Insane asylums in Bengal annual reports 1867-1875 - 1867-1875
Year: 1867
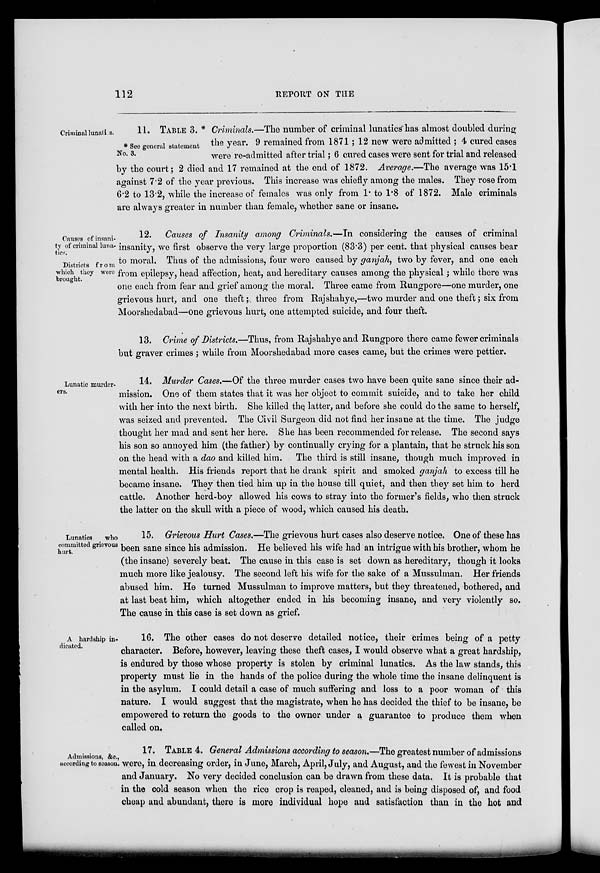
112
REPORT ON THE
Criminal lunatics.
* See general statement
No. 3.
11. TABLE 3. * Criminals.—The number of criminal lunatics has almost doubled during
the year. 9 remained from 1871; 12 new were admitted ; 4 cured cases
were re-admitted after trial; 6 cured cases were sent for trial and released
by the court; 2 died and 17 remained at the end of 1872. Average.—The average was 15.1
against 7.2 of the year previous. This increase was chiefly among the males. They rose from
6.2 to 13.2, while the increase of females was only from 1. to 1.8 of 1872. Male criminals
are always greater in number than female, whether sane or insane.
Causes of insani-
ty of criminal luna-
tics.
Districts from
which they were
brought.
12. Causes of Insanity among Criminals.—In considering the causes of criminal
insanity, we first observe the very large proportion (83.3) per cent. that physical causes bear
to moral. Thus of the admissions, four were caused by ganjah, two by fever, and one each
from epilepsy, head affection, heat, and hereditary causes among the physical; while there was
one each from fear and grief among the moral. Three came from Rungpore—one murder, one
grievous hurt, and one theft ; three from Rajshahye,—two murder and one theft; six from
Moorshedabad—one grievous hurt, one attempted suicide, and four theft.
13. Crime of Districts.—Thus, from Rajshahye and Rungpore there came fewer criminals
but graver crimes ; while from Moorshedabad more cases came, but the crimes were pettier.
Lunatic murder-
ers.
14. Murder Cases.—Of the three murder cases two have been quite sane since their ad-
mission. One of them states that it was her object to commit suicide, and to take her child
with her into the next birth. She killed the, latter, and before she could do the same to herself,
was seized and prevented. The Civil Surgeon did not find her insane at the time. The judge
thought her mad and sent her here. She has been recommended for release. The second says
his son so annoyed him (the father) by continually crying for a plantain, that he struck his son
on the head with a dao and killed him. The third is still insane, though much- improved in
mental health. His friends report that he drank spirit and smoked ganjah to excess till he
became insane. They then tied him up in the house till quiet, and then they set him to herd
cattle. Another herd-boy allowed his cows to stray into the former's fields, who then struck
the latter on the skull with a piece of wood, which caused his death.
Lunatics
who
committed grievous
hurt.
15. Grievous Hurt Cases.—The grievous hurt cases also deserve notice. One of these has
been sane since his admission. He believed his wife had an intrigue with his brother, whom he
(the insane) severely beat. The cause in this case is set down as hereditary, though it looks
much more like jealousy. The second left his wife for the sake of a Mussulman. Her friends
abused him. He turned Mussulman to improve matters, but they threatened, bothered, and
at last beat him, which altogether ended in his becoming insane, and very violently so.
The cause in this case is set down as grief.
A hardship in-
dicated.
16. The other cases do not deserve detailed notice, their crimes being of a petty
character. Before, however, leaving these theft cases, I would observe what a great hardship,
is endured by those whose property is stolen by criminal lunatics. As the law stands, this
property must lie in the hands of the police during the whole time the insane delinquent is
in the asylum. I could detail a case of much suffering and loss to a poor woman of this
nature. I would suggest that the magistrate, when he has decided the thief to be insane, be
empowered to return the goods to the owner under a guarantee to produce them when
called on.
Admissions, &c.,
according to season.
17. TABLE 4. General Admissions according to season.—The greatest number of admissions
were, in decreasing order, in June, March, April, July, and August, and the fewest in November
and January. No very decided conclusion can be drawn from these data. It is probable that
in the cold season when the rice crop is reaped, cleaned, and is being disposed of, and food
cheap and abundant, there is more individual hope and satisfaction than in the hot and